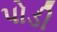
પોડી